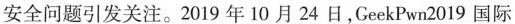
安全问题引发关注。2019年10月24日，GeekPwn2019 国际